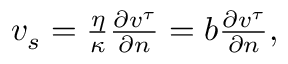
\begin{array} { r } { v _ { s } = \frac { \eta } { \kappa } \frac { \partial v ^ { \tau } } { \partial n } = b \frac { \partial v ^ { \tau } } { \partial n } , } \end{array}